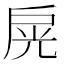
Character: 𢩊